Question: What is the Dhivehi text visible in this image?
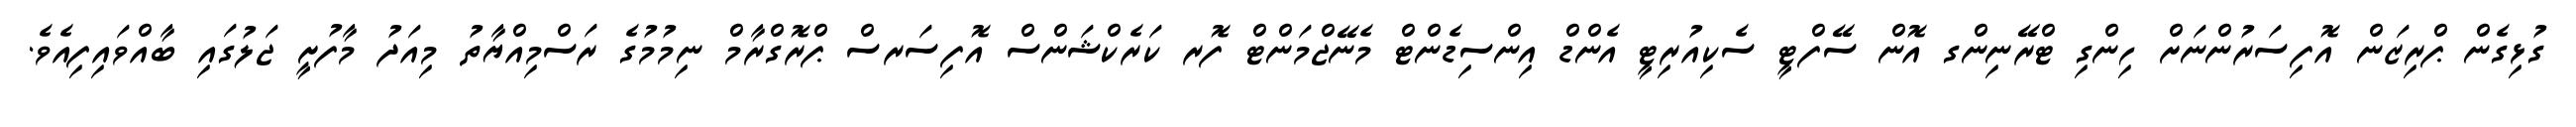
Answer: ގުޅިގެން ޕްރިޒަން އޮފިސަރުންނަށް ހިންގި ޓްރޭނިންގ އޮން ސޭފްޓީ ސެކިއުރިޓީ އެންޑް އިންސިޑެންޓް މެނޭޖްމަންޓް ފޮރ ކަރެކްޝަންސް އޮފިސަރސް ޕްރޮގްރާމް ނިމުމުގެ ރަސްމިއްޔާތު މިއަދު މާފުށީ ޖަލުގައި ބާއްވައިފިއެވެ.